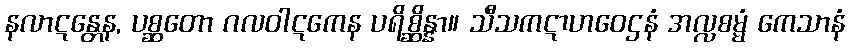
နလာဋန္တေန, ပစ္ဆတော ဂလဝါဋကေန ပရိစ္ဆိန္နာ။ သီသကဋာဟဝေဌနံ အလ္လစမ္မံ ကေသာနံ